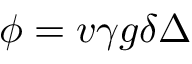
\phi = v \gamma g \delta \Delta